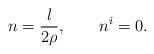
LaTeX: \begin{align*} n =\frac{l}{2\rho}, \qquad n^i=0.\end{align*}